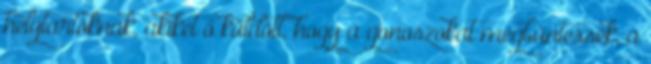
helytartóknak, akiket ő küldött, hogy a gonoszokat megbüntessék, a